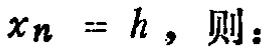
\(x_n = h，则:\)